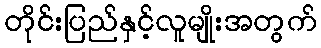
တိုင်းပြည်နှင့်လူမျိုးအတွက်